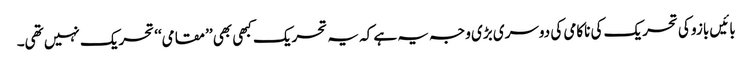
بائیں بازو کی تحریک کی ناکامی کی دوسری بڑی وجہ یہ ہے کہ یہ تحریک کبھی بھی ’’مقامی‘‘ تحریک نہیں تھی۔